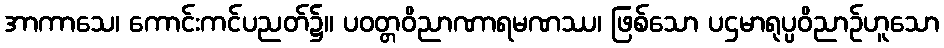
အာကာသေ၊ ကောင်းကင်ပညတ်၌။ ပဝတ္တဝိညာဏာရမဏဿ၊ ဖြစ်သော ပဌမာရုပ္ပဝိညာဉ်ဟူသော